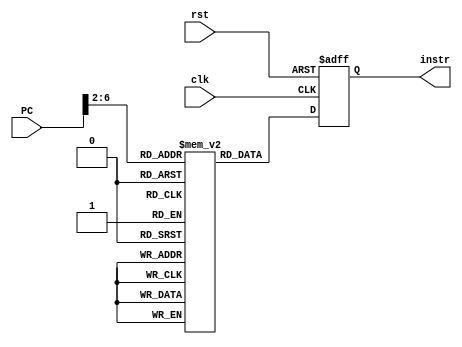
`timescale 1ns / 1ps
//////////////////////////////////////////////////////////////////////////////////
// Company: 
// Engineer: 
// 
// Design Name: 
// Module Name: instr_mem
// Project Name: 
// Target Devices: 
// Tool Versions: 
// Description: 
// 
// Dependencies: 
// 
// Revision:
// Revision 0.01 - File Created
// Additional Comments:
// 
//////////////////////////////////////////////////////////////////////////////////

module instr_mem(
 output reg [31:0] instr,
 input clk,
 input rst,
 input [31:0] PC
 );
reg [31:0] memory [31:0];
// format for ROM:: memory[0] = 32'b000000 00001 00000 00100 00000 000000;
initial begin
memory[0] = 32'b000000_00001_00000_00100_00000_000000;
memory[1] = 32'b000001_00001_00000_00100_00000_000000;
memory[2] = 32'b000010_00001_00000_00100_00000_000000;
memory[3] = 32'b000011_00001_00000_00100_00000_000000;
memory[4] = 32'b000000_00001_00000_00100_00000_000000;
memory[5] = 32'b000000_00001_00000_00100_00000_000000;
memory[6] = 32'b000000_00001_00000_00100_00000_000000;
memory[7] = 32'b000000_00001_00000_00100_00000_000000;
end
always@(posedge clk, posedge rst)
begin
if(rst)
instr = 0;
else
instr = memory[PC>>2];
end
endmodule